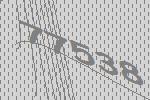
77538